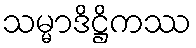
သမ္မာဒိဋ္ဌိကဿ